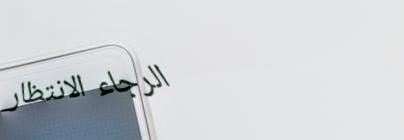
الرجاء الانتظار